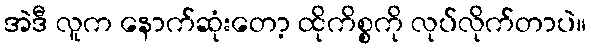
အဲဒီ လူက နောက်ဆုံးတော့ ထိုကိစ္စကို လုပ်လိုက်တာပဲ။